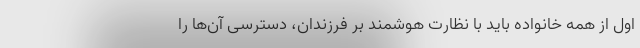
اول از همه خانواده باید با نظارت هوشمند بر فرزندان، دسترسی آن‌ها را